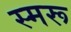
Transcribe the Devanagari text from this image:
स्मरू